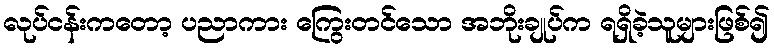
လုပ်ငန်းကတော့ ပညာကား ကြွေးတင်သော အဘိုးချုပ်က ရရှိခဲ့သူများဖြစ်၍